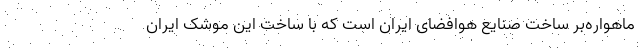
ماهواره‌بر ساخت صنایع هوافضای ایران است که با ساخت این موشک ایران